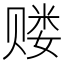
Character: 𲃅